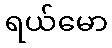
ရယ်မော